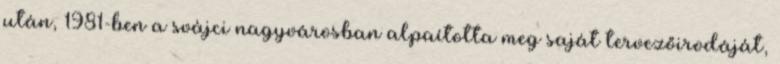
után, 1981-ben a svájci nagyvárosban alpaította meg saját tervezőirodáját,